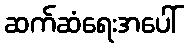
ဆက်ဆံရေးအပေါ်